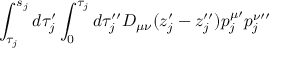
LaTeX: \int _ { \tau _ { j } } ^ { s _ { j } } d \tau _ { j } ^ { \prime } \int _ { 0 } ^ { \tau _ { j } } d \tau _ { j } ^ { \prime \prime } D _ { \mu \nu } ( z _ { j } ^ { \prime } - z _ { j } ^ { \prime \prime } ) p _ { j } ^ { \mu \prime } p _ { j } ^ { \nu \prime \prime }